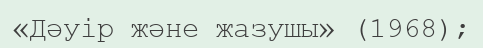
«Дәуір және жазушы» (1968);